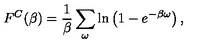
F ^ { C } ( \beta ) = { \frac { 1 } { \beta } } \sum _ { \omega } \ln \left( 1 - e ^ { - \beta \omega } \right) ,